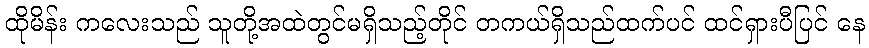
ထိုမိန်း ကလေးသည် သူတို့အထဲတွင်မရှိသည့်တိုင် တကယ်ရှိသည်ထက်ပင် ထင်ရှားပီပြင် နေ